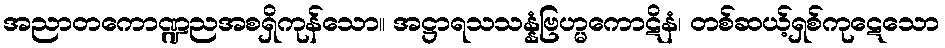
အညာတကောဏ္ဍညအစရှိကုန်သော။ အဋ္ဌာရသသန္နံဗြဟ္မကောဋိနံ၊ တစ်ဆယ့်ရှစ်ကုဋေသော